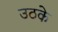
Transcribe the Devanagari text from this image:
उठके